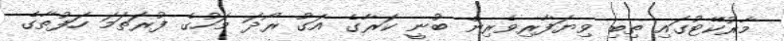
މާރުކޭޓުގައި ތިބި ވިޔަފާރިވެރިން ބުނީ ކަރާގެ އަގު ރޯދަ މަހުގެ ފުރަތަމަ ހަފުތާގެ